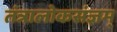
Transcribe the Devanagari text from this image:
तंत्रालोकसंज्ञम्